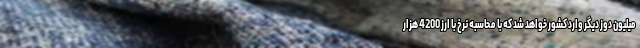
میلیون دوز دیگر وارد کشور خواهد شد که با محاسبه نرخ با ارز 4200 هزار